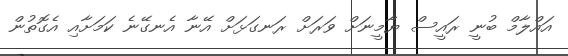
އައްލާމް ބުނީ ރައީސް ޔާމީނަށް ވަރަށް ރަނގަޅަށް އޭނާ އެނގޭނެ ކަމަށާއި އެގޮތުން